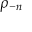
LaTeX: \rho _ { - n }